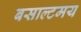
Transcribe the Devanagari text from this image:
बसाल्टमय